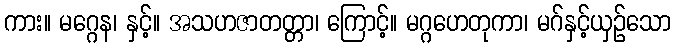
ကား။ မဂ္ဂေန၊ နှင့်။ အသဟဇာတတ္တာ၊ ကြောင့်။ မဂ္ဂဟေတုကာ၊ မဂ်နှင့်ယှဉ်သော